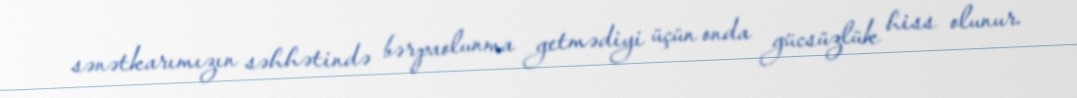
sənətkarımızın səhhətində bərpaolunma getmədiyi üçün onda gücsüzlük hiss olunur.